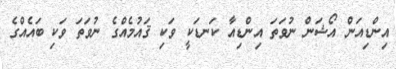
އިންޑިއަން އޯޝަން ނުވަތަ އިންޑިއާ ކަނޑަކީ ވަކި ޤައުމެއްގެ ނުވަތަ ވަކި ބައެއްގެ